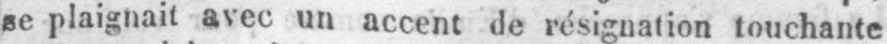
se plaignait avec un accent de résignation touchante